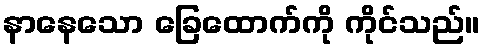
နာနေသော ခြေထောက်ကို ကိုင်သည်။